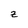
Character: z